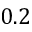
0 . 2